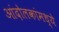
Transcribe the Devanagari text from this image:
आंदोलकांमध्ये